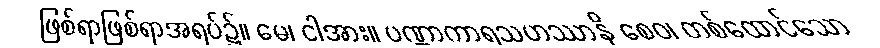
ဖြစ်ရာဖြစ်ရာအရပ်၌။ မေ၊ ငါအား။ ပဏ္ဏာကာရသဟဿာနိ စေဝ၊ တစ်ထောင်သော